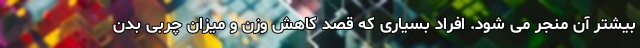
بیشتر آن منجر می شود. افراد بسیاری که قصد کاهش وزن و میزان چربی بدن